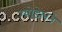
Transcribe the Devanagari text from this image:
ग्योडेलने